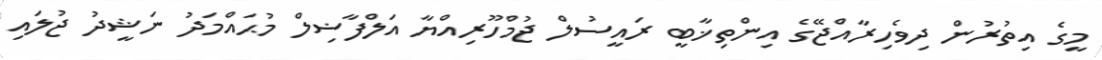
މީގެ އިތުރުން ދިވެހިރާއްޖޭގެ އިންތިޚާބީ ރައީސުލް ޖުމްހޫރިއްޔާ އަލްފާޟިލް މުޙައްމަދު ނަޝީދު ޖުލައި